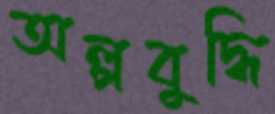
অল্পবুদ্ধি